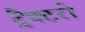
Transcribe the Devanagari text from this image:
ट्रैक्टरो